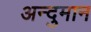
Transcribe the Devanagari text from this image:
अन्दुमान